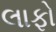
લાફો